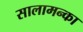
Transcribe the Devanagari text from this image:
सालामन्का